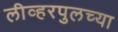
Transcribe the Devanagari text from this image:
लीव्हरपुलच्या